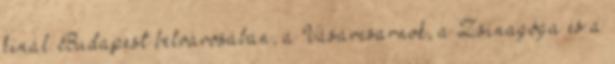
kínál Budapest belvárosában, a Vásárcsarnok, a Zsinagóga és a